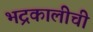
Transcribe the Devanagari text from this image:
भद्रकालीची